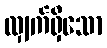
လျှက်ရှိသော